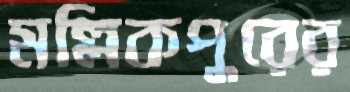
মল্লিকপুরের